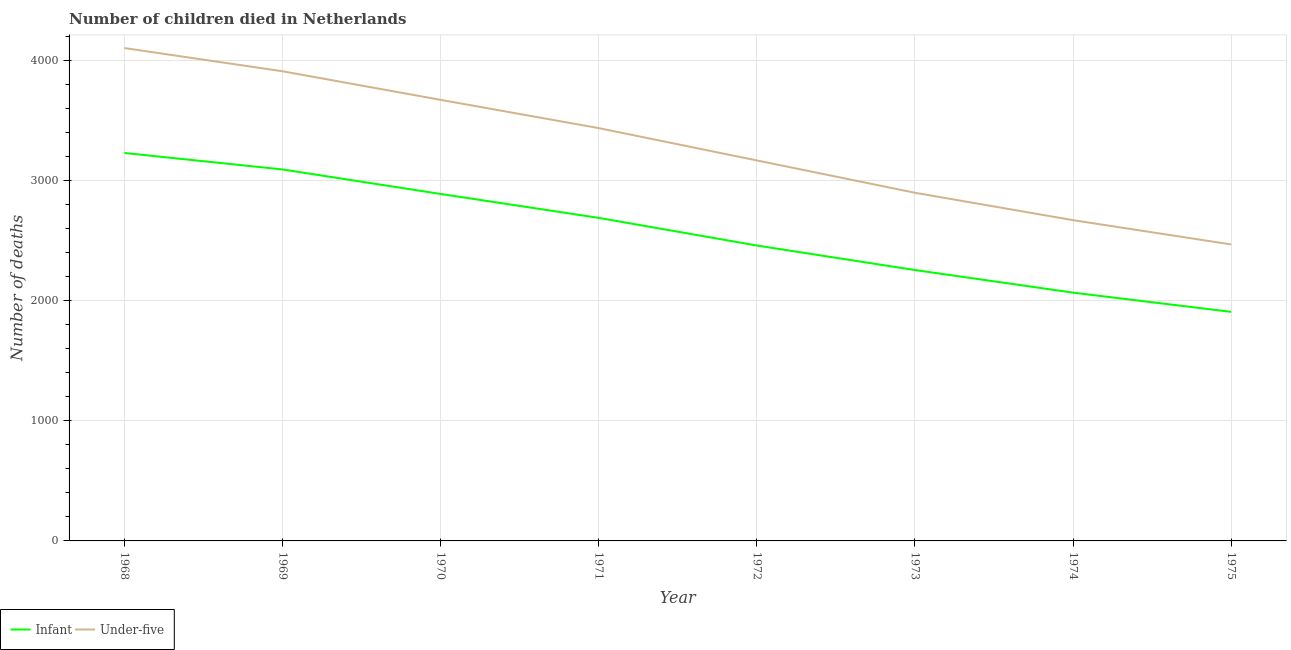
| Year | Infant | Under-five |
 | --- | --- | --- |
 | 1968 | 3.23e+03 | 4.1e+03 |
 | 1969 | 3.09e+03 | 3.91e+03 |
 | 1970 | 2.89e+03 | 3.67e+03 |
 | 1971 | 2.69e+03 | 3.44e+03 |
 | 1972 | 2.46e+03 | 3.17e+03 |
 | 1973 | 2.25e+03 | 2.9e+03 |
 | 1974 | 2.07e+03 | 2.67e+03 |
 | 1975 | 1.91e+03 | 2.47e+03 |